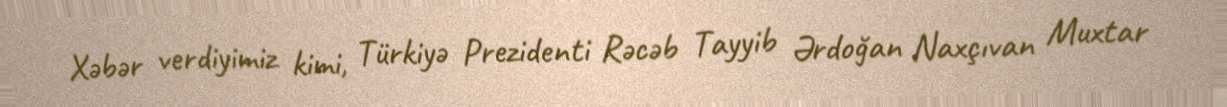
Xəbər verdiyimiz kimi, Türkiyə Prezidenti Rəcəb Tayyib Ərdoğan Naxçıvan Muxtar